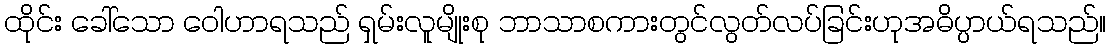
ထိုင်း ခေါ်သော ဝေါဟာရသည် ရှမ်းလူမျိုးစု ဘာသာစကားတွင်လွတ်လပ်ခြင်းဟုအဓိပ္ပာယ်ရသည်။